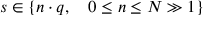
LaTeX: s \in \{ n \cdot q , \quad 0 \leq n \leq N \gg 1 \}